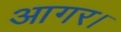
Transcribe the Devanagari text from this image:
आगर।